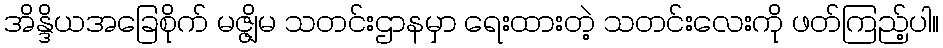
အိန္ဒိယအခြေစိုက် မဇ္ဇျိမ သတင်းဌာနမှာ ရေးထားတဲ့ သတင်းလေးကို ဖတ်ကြည့်ပါ။